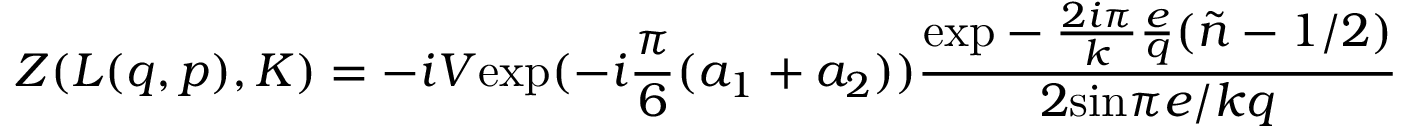
{ \cal Z } ( L ( q , p ) , K ) = - i V \mathrm { e x p } ( - i \frac { \pi } { 6 } ( a _ { 1 } + a _ { 2 } ) ) \frac { \mathrm { e x p } - \frac { 2 i \pi } { k } \frac { e } { q } ( \tilde { n } - 1 / 2 ) } { 2 \mathrm { s i n } \pi e / k q }